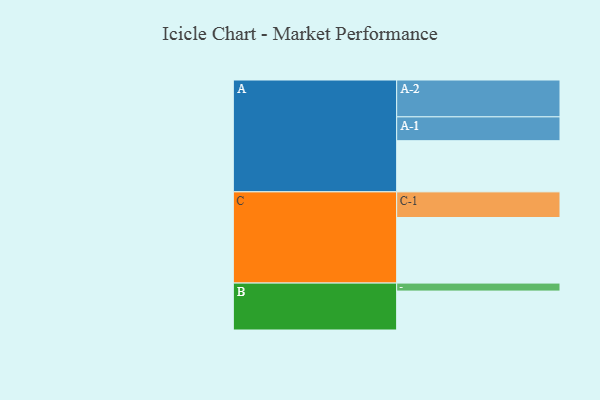
{"axis": {"x": "Segment", "y": "Value"}, "legend": ["", "A", "B", "C"], "data": [{"x": "A", "y": 397, "type": ""}, {"x": "B", "y": 302, "type": ""}, {"x": "C", "y": 509, "type": ""}, {"x": "A-1", "y": 185, "type": "A"}, {"x": "A-2", "y": 286, "type": "A"}, {"x": "B-1", "y": 62, "type": "B"}, {"x": "C-1", "y": 199, "type": "C"}]}